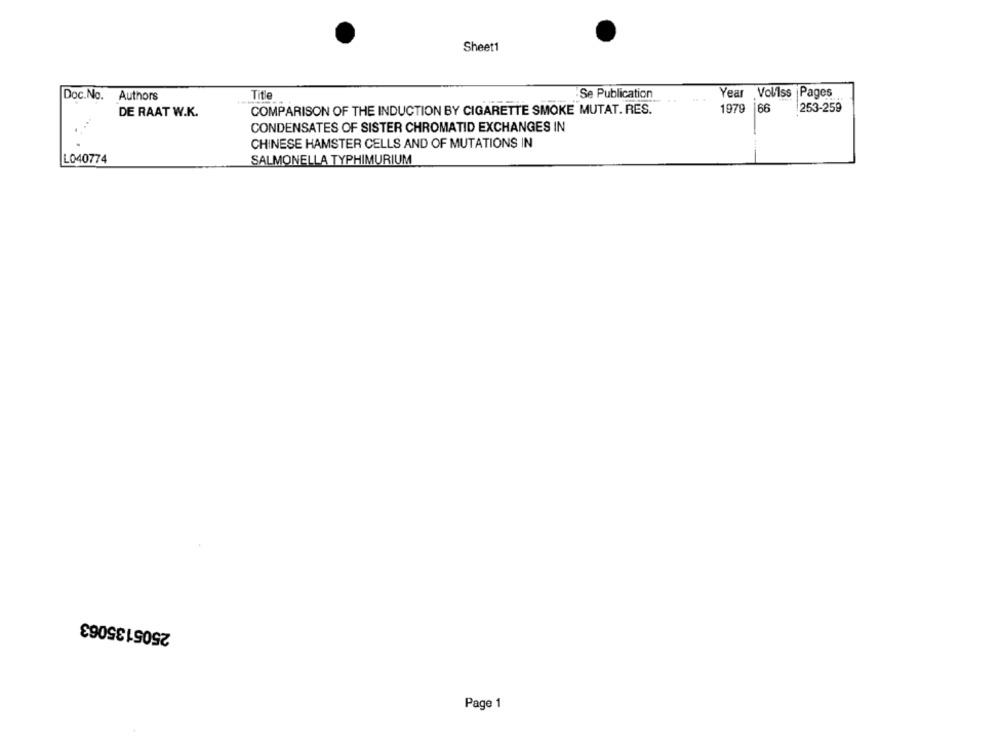
Sheet1
Doc.No. Authors
Title
-Se Publication
Year Vollss Pages
COMPARISON OF THE INDUCTION BY CIGARETTE SMOKE MUTAT. RES.
1979 66
66
253-259
DE RAAT W.K.
CONDENSATES OF SISTER CHROMATID EXCHANGES IN
CHINESE HAMSTER CELLS AND OF MUTATIONS IN
L040774
SALMONELLA TYPHIMURIUM
2505135063
Page 1